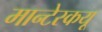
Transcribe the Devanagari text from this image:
मान्टेस्कयू